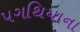
પગથિયાના